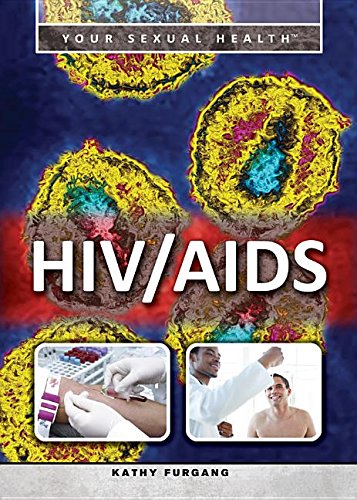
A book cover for HIV/AIDS (Your Sexual Health); Kathy Furgang; Teen & Young Adult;